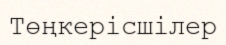
Төңкерісшілер